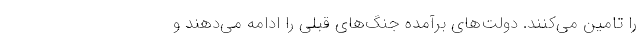
را تامین می‌کنند. دولت‌های برآمده جنگ‌های قبلی را ادامه می‌دهند و